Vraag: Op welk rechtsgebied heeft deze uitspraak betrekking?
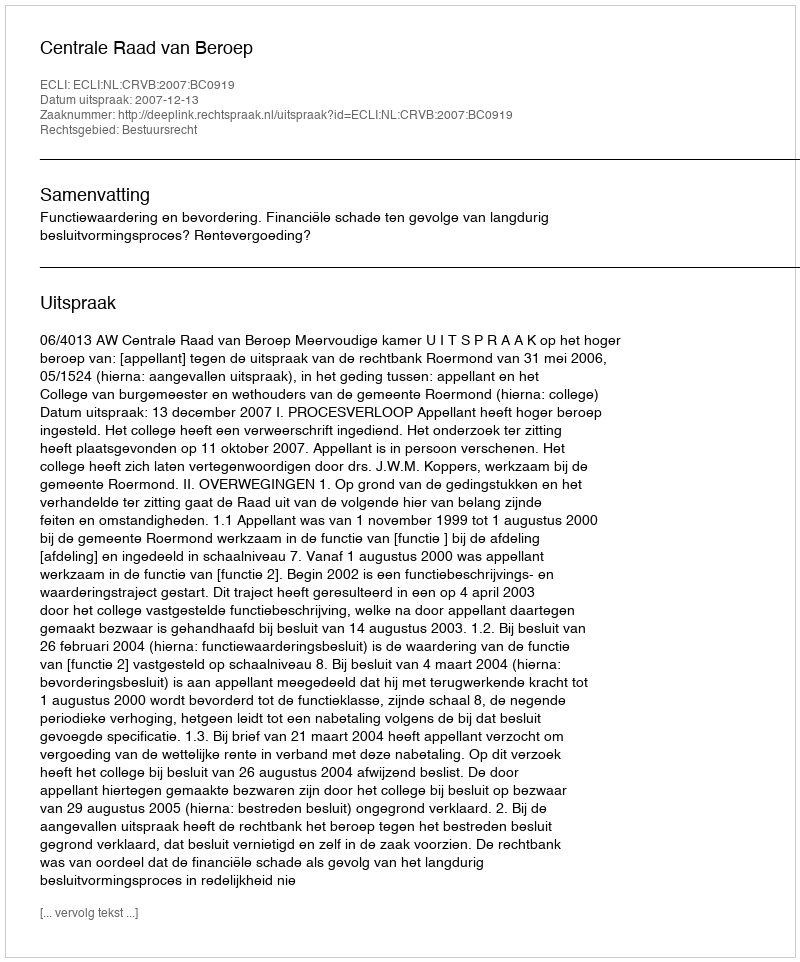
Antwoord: Bestuursrecht